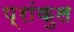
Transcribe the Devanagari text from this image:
प्रांकुल